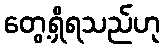
တွေ့ရှိရသည်ဟု